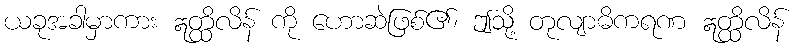
ယခုအခါမှာကား ဣတ္ထိလိန် ကို ဟောဆဲဖြစ်၏၊ ဤသို့ တုလျာဓိကရဏ ဣတ္ထိလိန်